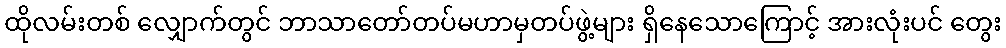
ထိုလမ်းတစ် လျှောက်တွင် ဘာသာတော်တပ်မဟာမှတပ်ဖွဲ့များ ရှိနေသောကြောင့် အားလုံးပင် တွေး